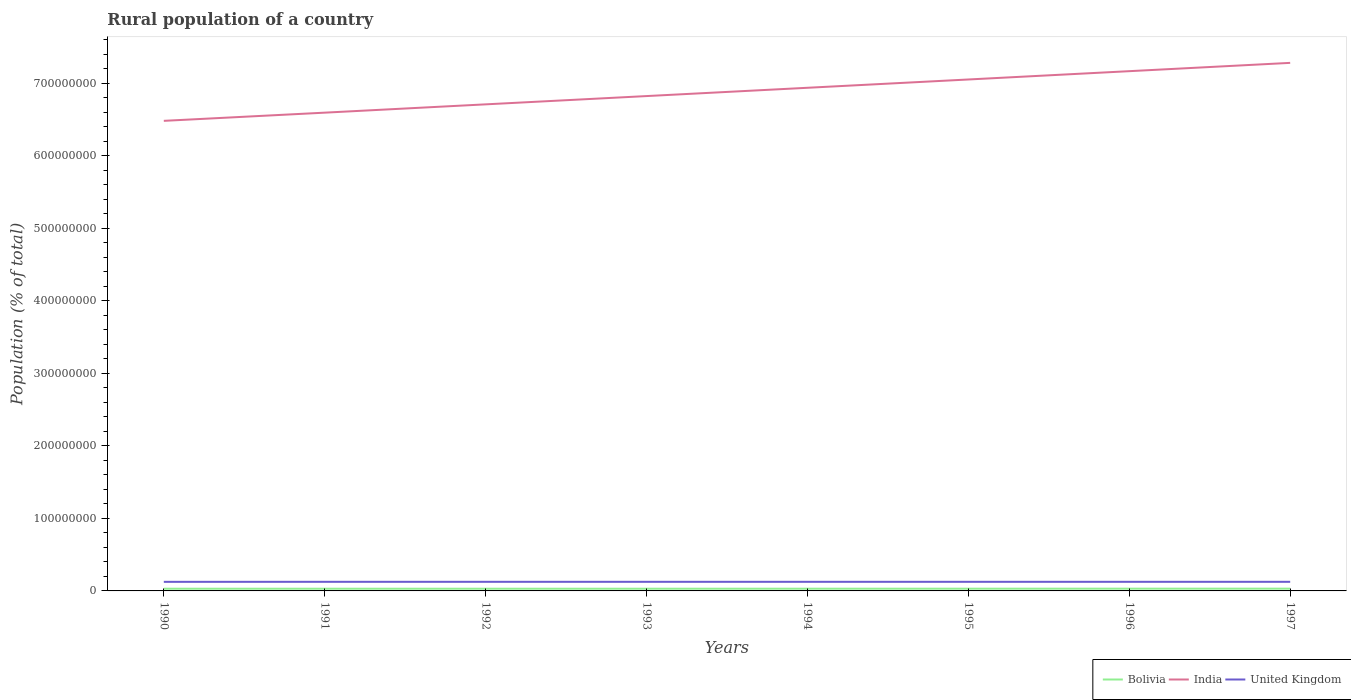
| Years | Bolivia | India | United Kingdom |
 | --- | --- | --- | --- |
 | 1990 | 3.05e+06 | 6.48e+08 | 1.25e+07 |
 | 1991 | 3.04e+06 | 6.59e+08 | 1.26e+07 |
 | 1992 | 3.03e+06 | 6.71e+08 | 1.26e+07 |
 | 1993 | 3.04e+06 | 6.82e+08 | 1.26e+07 |
 | 1994 | 3.06e+06 | 6.94e+08 | 1.26e+07 |
 | 1995 | 3.07e+06 | 7.05e+08 | 1.26e+07 |
 | 1996 | 3.1e+06 | 7.17e+08 | 1.26e+07 |
 | 1997 | 3.12e+06 | 7.28e+08 | 1.26e+07 |